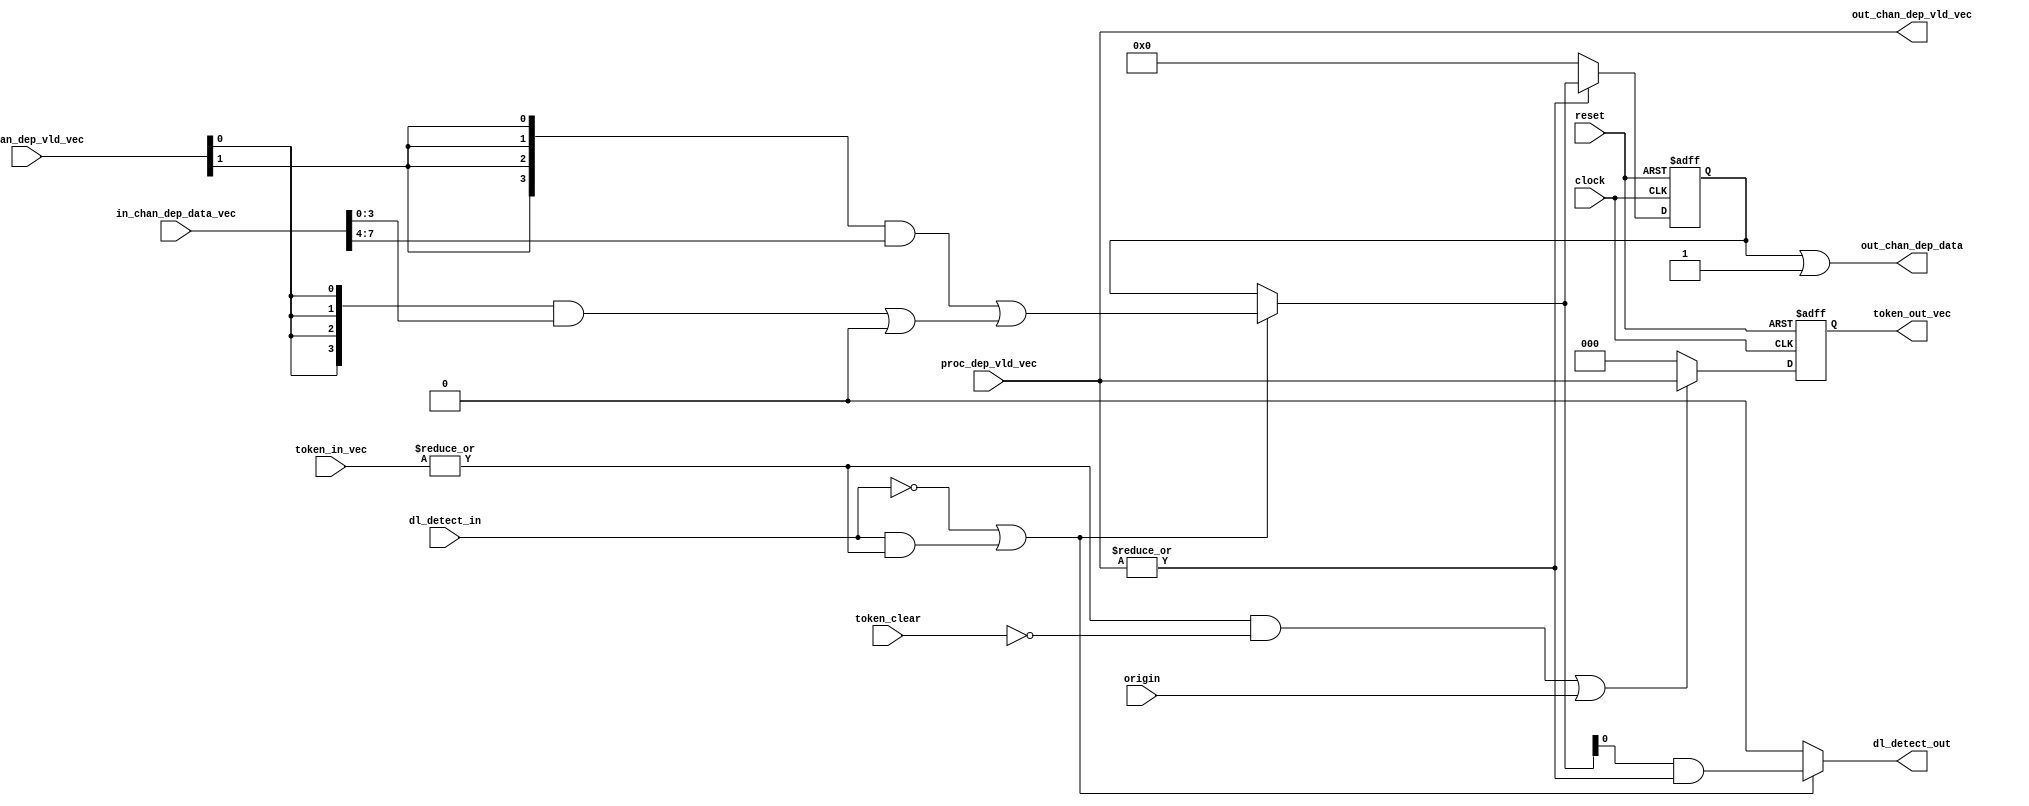
module hls_xfft2real_hls_deadlock_detect_unit #( 
    parameter PROC_NUM = 4, 
    parameter PROC_ID = 0, 
    parameter IN_CHAN_NUM = 2, 
    parameter OUT_CHAN_NUM = 3) (
    input reset,
    input clock,
    input [OUT_CHAN_NUM - 1:0] proc_dep_vld_vec,
    input [IN_CHAN_NUM - 1:0] in_chan_dep_vld_vec,
    input [IN_CHAN_NUM * PROC_NUM - 1:0] in_chan_dep_data_vec,
    input [IN_CHAN_NUM - 1:0] token_in_vec,
    input dl_detect_in,
    input origin,
    input token_clear,
    output [OUT_CHAN_NUM - 1:0] out_chan_dep_vld_vec,
    output [PROC_NUM - 1:0] out_chan_dep_data,
    output reg [OUT_CHAN_NUM - 1:0] token_out_vec ,
    output reg dl_detect_out);
    
    reg [PROC_NUM - 1:0] dep;
    reg [PROC_NUM - 1:0] dep_reg;
    wire [(IN_CHAN_NUM + 1) * PROC_NUM - 1:0] dep_comb;

    assign dep_comb[PROC_NUM - 1:0] = {PROC_NUM{1'b0}};

    genvar i;
    generate
        for (i = 0; i < IN_CHAN_NUM; i = i + 1) begin:B1
            assign dep_comb[(i + 1) * PROC_NUM +: PROC_NUM] = {PROC_NUM{in_chan_dep_vld_vec[i]}} & in_chan_dep_data_vec[i * PROC_NUM +: PROC_NUM] | dep_comb[i * PROC_NUM +: PROC_NUM];
        end
    endgenerate

    always @ (dep_comb or dep_reg or dl_detect_in or token_in_vec) begin
        if (~dl_detect_in | (dl_detect_in & |(token_in_vec))) begin
            dep = dep_comb[IN_CHAN_NUM * PROC_NUM +: PROC_NUM];
        end
        else begin
            dep = dep_reg;
        end
    end

    always @ (negedge reset or posedge clock) begin
        if (~reset) begin
            dep_reg <= 'b0;
        end
        else begin
            if (|proc_dep_vld_vec) begin
                dep_reg <= dep;
            end
            else begin
                dep_reg <= 'b0;
            end
        end
    end
    
    // Output dependence channel update logic
    assign out_chan_dep_vld_vec = proc_dep_vld_vec;
    assign out_chan_dep_data = dep_reg | ('b1 << PROC_ID);

    // Deadlock detection logic
    always @ (dep or dl_detect_in or token_in_vec or proc_dep_vld_vec) begin
        // Deadlock issue when no deadlock detected or under report token control
        if (~dl_detect_in | (dl_detect_in & |(token_in_vec))) begin
            dl_detect_out = dep[PROC_ID] & (|proc_dep_vld_vec);
        end
        else begin
            dl_detect_out = 'b0;
        end
    end

    // Token generation logic
    always @ (negedge reset or posedge clock) begin
        if (~reset) begin
            token_out_vec <= 'b0;
        end
        else begin
            //token_clear happen in the same cycle as dl_detect_out
            if ((|token_in_vec & ~token_clear) | origin) begin 
                token_out_vec <= proc_dep_vld_vec;
            end
            else begin
                token_out_vec <= 'b0;
            end
        end
    end
    
endmodule